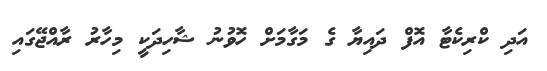
އަދި ކްރިކެޓާ އޮފް ދައިޔާ ގެ މަގާމަށް ހޮވުނު ޝާހިދަކީ މިހާރު ރާއްޖޭގައި